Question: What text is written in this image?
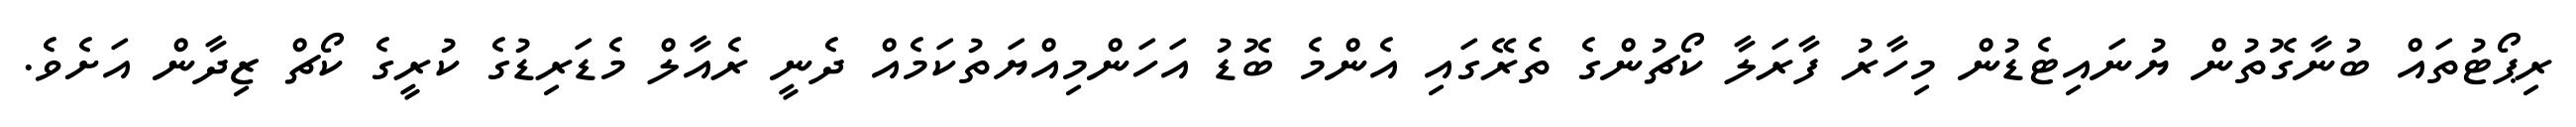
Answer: ރިޕޯޓުތައް ބުނާގޮތުން ޔުނައިޓެޑުން މިހާރު ފާރަލާ ކޯޗުންގެ ތެރޭގައި އެންމެ ބޮޑު އަހަންމިއްޔަތުކަމެއް ދެނީ ރެއާލް މެޑަރިޑުގެ ކުރީގެ ކޯޗް ޒިދާން އަށެވެ.